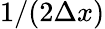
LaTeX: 1/(2\Delta x)